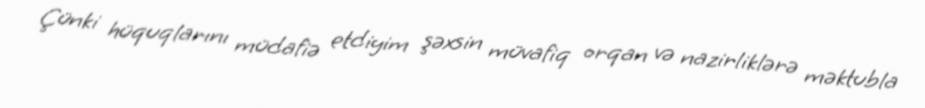
Çünki hüquqlarını müdafiə etdiyim şəxsin müvafiq orqan və nazirliklərə məktubla